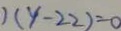
) ( y - 2 2 ) = 0